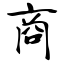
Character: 商